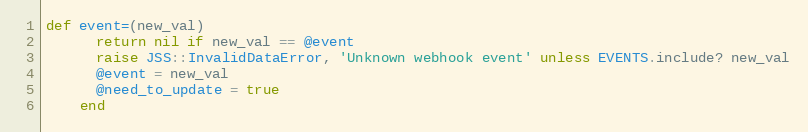
Language: Ruby
def event=(new_val)
      return nil if new_val == @event
      raise JSS::InvalidDataError, 'Unknown webhook event' unless EVENTS.include? new_val
      @event = new_val
      @need_to_update = true
    end